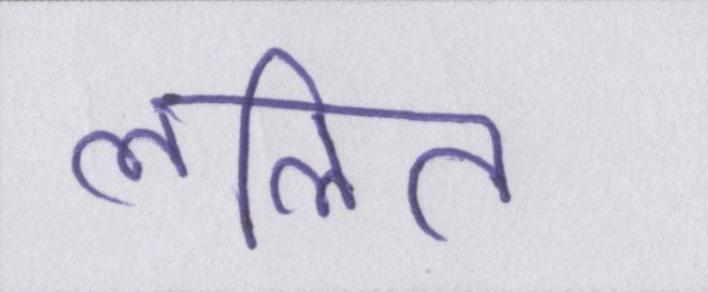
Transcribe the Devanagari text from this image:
ललित